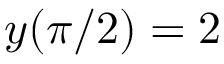
y ( \pi / 2 ) = 2